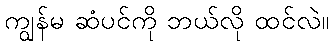
ကျွန်မ ဆံပင်ကို ဘယ်လို ထင်လဲ။